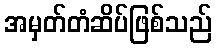
အမှတ်တံဆိပ်ဖြစ်သည်